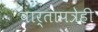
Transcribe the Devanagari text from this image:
वार्तापत्रेही